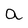
Character: a